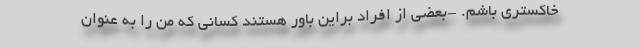
خاکستری باشم. -بعضی از افراد براین باور هستند کسانی که من را به عنوان